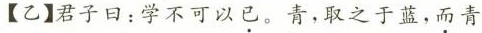
【乙】君子曰：学不可以已。青，取之于蓝，而青